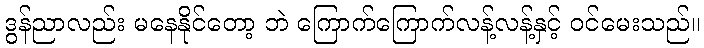
ဒွန်ညာလည်း မနေနိုင်တော့ ဘဲ ကြောက်ကြောက်လန့်လန့်နှင့် ဝင်မေးသည်။